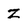
Character: Z